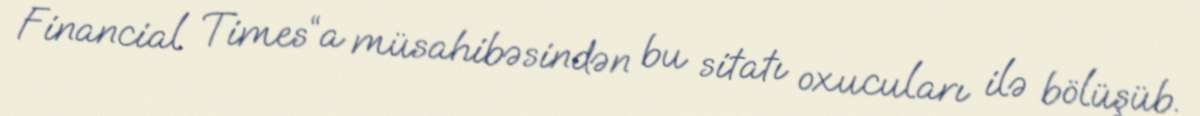
Financial Times“a müsahibəsindən bu sitatı oxucuları ilə bölüşüb.